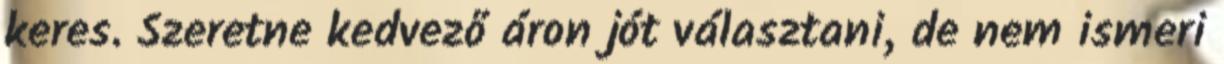
keres. Szeretne kedvező áron jót választani, de nem ismeri